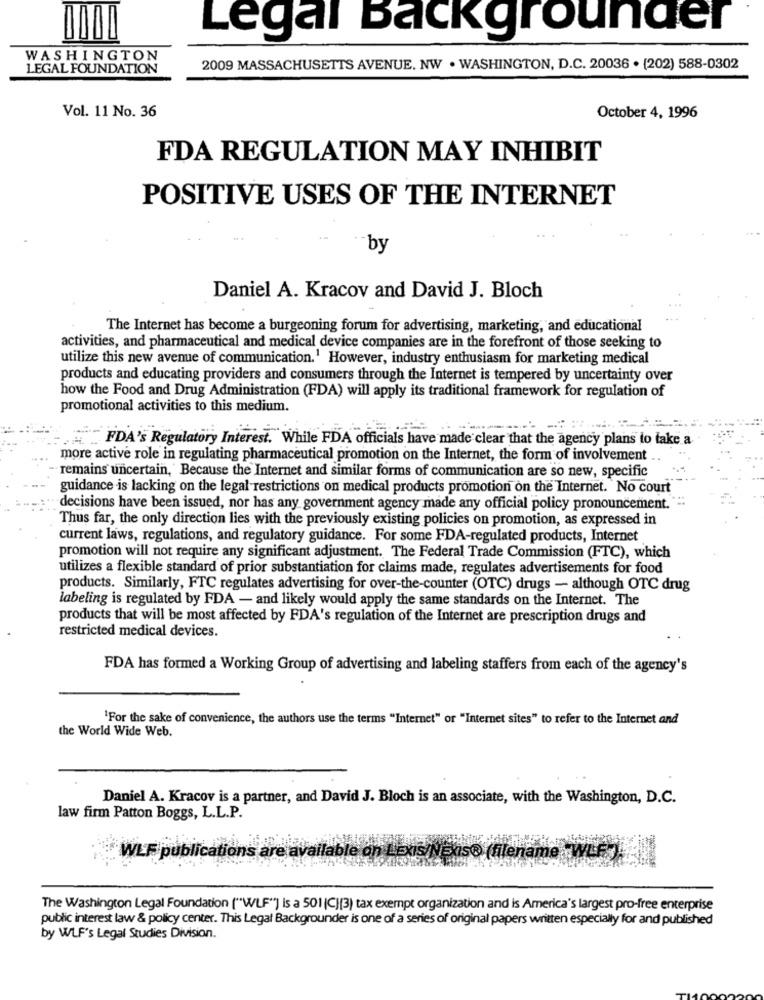
Legal Backgrounder
WASHINGTON
LEGAL FOUNDATION
2009 MASSACHUSETTS AVENUE. NW · WASHINGTON, D.C. 20036 · (202) 588-0302
Vol. 11 No. 36
October 4, 1996
FDA REGULATION MAY INHIBIT
POSITIVE USES OF THE INTERNET
-by
Daniel A. Kracov and David J. Bloch
The Internet has become a burgeoning forum for advertising, marketing, and educational
activities, and pharmaceutical and medical device companies are in the forefront of those seeking to
utilize this new avenue of communication.1 However, industry enthusiasm for marketing medical
products and educating providers and consumers through the Internet is tempered by uncertainty over
how the Food and Drug Administration (FDA) will apply its traditional framework for regulation of
promotional activities to this medium.
FDA's Regulatory Interest. While FDA officials have made clear that the agency plans to take a
more active role in regulating pharmaceutical promotion on the Internet, the form of involvement
remains uncertain, Because the Internet and similar forms of communication are so new, specific
guidance is lacking on the legal restrictions on medical products promotion on the Internet. No court
decisions have been issued, nor has any government agency made any official policy pronouncement."
Thus far, the only direction lies with the previously existing policies on promotion, as expressed in
current laws, regulations, and regulatory guidance. For some FDA-regulated products, Internet
promotion will not require any significant adjustment. The Federal Trade Commission (FTC), which
utilizes a flexible standard of prior substantiation for claims made, regulates advertisements for food
products. Similarly, FTC regulates advertising for over-the-counter (OTC) drugs - although OTC drug
labeling is regulated by FDA - and likely would apply the same standards on the Internet. The
products that will be most affected by FDA's regulation of the Internet are prescription drugs and
restricted medical devices.
FDA has formed a Working Group of advertising and labeling staffers from each of the agency's
'For the sake of convenience, the authors use the terms "Internet" or "Internet sites" to refer to the Internet and
the World Wide Web.
Daniel A. Kracov is a partner, and David J. Bloch is an associate, with the Washington, D.C.
law firm Patton Boggs, L.L.P.
WLF publications are available on LEXIS NE so (filename WLF ).
The Washington Legal Foundation ("WLF"") is a 501 (C)(3) tax exempt organization and is America's largest pro-free enterprise
public interest law & policy center. This Legal Backgrounder is one of a series of original papers written especially for and published
by WLF's Legal Studies Division.